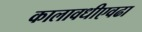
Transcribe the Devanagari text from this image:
कालावधीएवढा